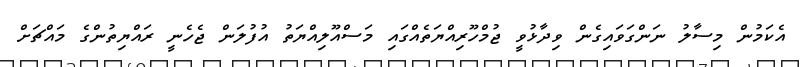
އެކަމުން މިސާލު ނަންގަވައިގެން ވިދާޅުވީ ޖުމްހޫރިއްޔަތެއްގައި މަސްއޫލިއްޔަތު އުފުލަން ޖެހެނީ ރައްޔިތުންގެ މައްޗަށް